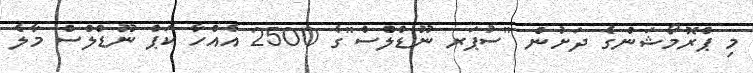
މި ޕްރޮމޯޝަންގެ ދަށުން "ސުޕަރ ނޫޑްލްސް"ގެ 2500 އެއްހާ ކަޕް ނޫޑްލްސް މާލެ